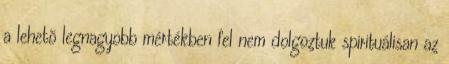
a lehetõ legnagyobb mértékben fel nem dolgoztuk spirituálisan az